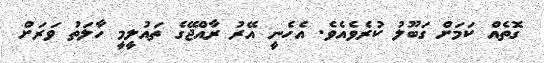
ގޮތެއް ކަމަށް ގަބޫލު ކުރެވެއެވެ. އެހެނީ އޭރު ރާއްޖޭގެ ތައުލީމީ ހާލަތު ވަރަށް